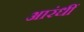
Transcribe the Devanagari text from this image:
आरंधीं